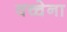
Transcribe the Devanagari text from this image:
वच्चेना